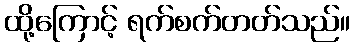
ထို့ကြောင့် ရက်စက်တတ်သည်။